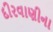
દીરવાણીના